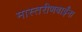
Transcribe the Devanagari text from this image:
मास्तरीणबाईंना